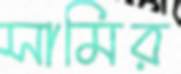
সামির